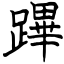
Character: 蹕